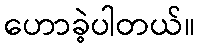
ဟောခဲ့ပါတယ်။